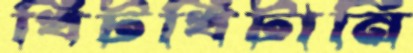
খিটখিটানি